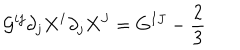
{ \cal G } ^ { i j } \partial _ { j } X ^ { I } \partial _ { j } X ^ { J } = G ^ { I J } - { \frac { 2 } { 3 } }